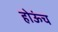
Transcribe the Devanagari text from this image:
होऊंच